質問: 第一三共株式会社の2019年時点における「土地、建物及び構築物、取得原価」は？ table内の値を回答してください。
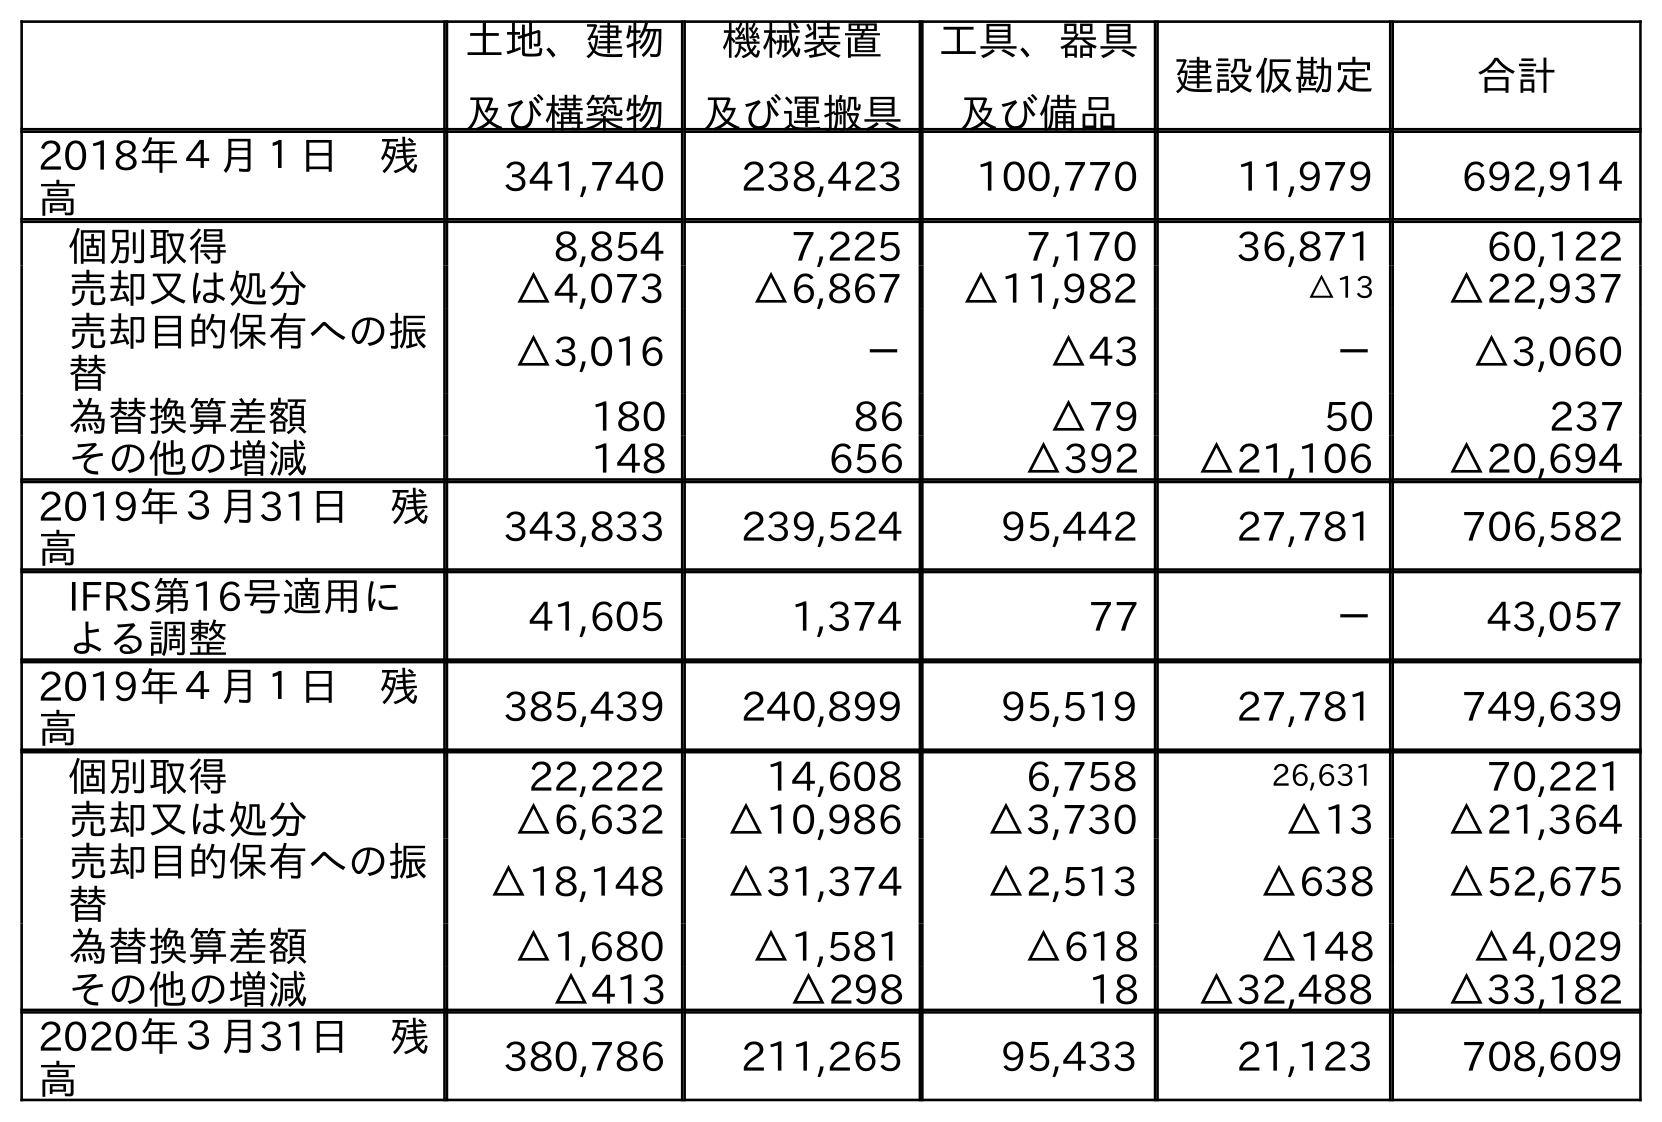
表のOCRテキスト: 土地、建物 及び構築物 機械装置 及び運搬具 工具、器具 及び備品 建設仮勘定 合計 2018年４月１日 残 高 341,740 238,423 100,770 11,979 692,914 個別取得 8,854 7,225 7,170 36,871 60,122 売却又は処分 △4,073 △6,867 △11,982 △13 △22,937 売却目的保有への振 替 △3,016 － △43 － △3,060 為替換算差額 180 86 △79 50 237 その他の増減 148 656 △392 △21,106 △20,694 2019年３月31日 残 高 343,833 239,524 95,442 27,781 706,582 IFRS第16号適用に よる調整 41,605 1,374 77 － 43,057 2019年４月１日 残 高 385,439 240,899 95,519 27,781 749,639 個別取得 22,222 14,608 6,758 26,631 70,221 売却又は処分 △6,632 △10,986 △3,730 △13 △21,364 売却目的保有への振 替 △18,148 △31,374 △2,513 △638 △52,675 為替換算差額 △1,680 △1,581 △618 △148 △4,029 その他の増減 △413 △298 18 △32,488 △33,182 2020年３月31日 残 高 380,786 211,265 95,433 21,123 708,609
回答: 343,833